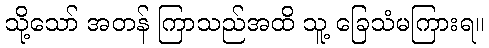
သို့သော် အတန် ကြာသည်အထိ သူ့ ခြေသံမကြားရ။